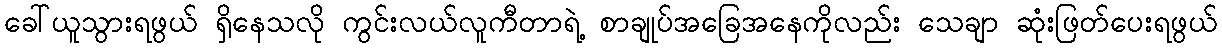
ခေါ်ယူသွားရဖွယ် ရှိနေသလို ကွင်းလယ်လူကီတာရဲ့ စာချုပ်အခြေအနေကိုလည်း သေချာ ဆုံးဖြတ်ပေးရဖွယ်